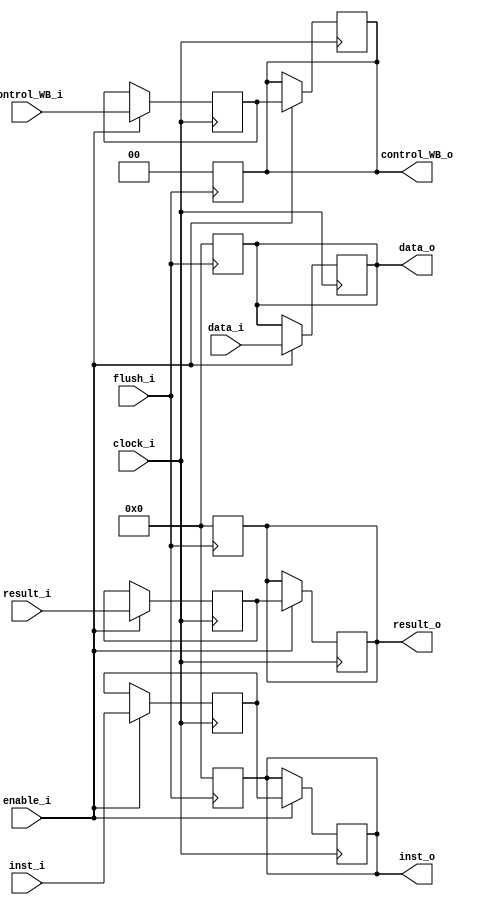
module MEMWB
(
  input clock_i,
  input flush_i,
  input enable_i,
  input [1:0] control_WB_i,
  input [31:0] inst_i,
  input [31:0] result_i,
  input [31:0] data_i,
  output [1:0] control_WB_o,
  output [31:0] inst_o,
  output [31:0] result_o,
  output [31:0] data_o
);

reg [1:0] control_WB;
reg [31:0] inst;
reg [31:0] result;
reg [31:0] data;

reg [1:0] control_WB_buf;
reg [31:0] inst_buf;
reg [31:0] result_buf;

assign control_WB_o = control_WB;
assign inst_o = inst;
assign result_o = result;
assign data_o = data;

always @(posedge flush_i) begin
  control_WB <= 2'b0;
  inst <= 32'b0;
  result <= 32'b0;
  data <= 32'b0;
end

always @(posedge clock_i) begin
  if (enable_i) begin
    control_WB <= control_WB_buf;
    inst <= inst_buf;
    result <= result_buf;
    control_WB_buf <= control_WB_i;
    inst_buf <= inst_i;
    result_buf <= result_i;
    data <= data_i;
  end
end

endmodule